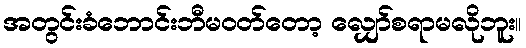
အတွင်းခံဘောင်းဘီမဝတ်တော့ လျှော်စရာမလိုဘူး။